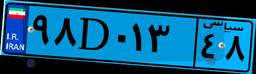
۶۸D۹۰۳۲۵